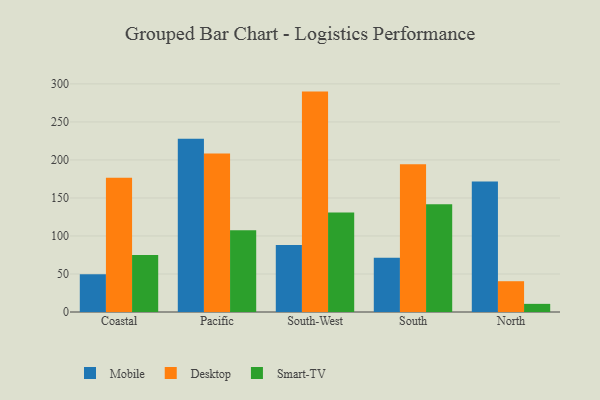
{"axis": {"x": "Region", "y": "Waste Production (Tons)"}, "legend": ["Desktop", "Mobile", "Smart-TV"], "data": [{"x": "Coastal", "y": 49.5, "type": "Mobile"}, {"x": "Coastal", "y": 176.7, "type": "Desktop"}, {"x": "Coastal", "y": 74.9, "type": "Smart-TV"}, {"x": "Pacific", "y": 227.9, "type": "Mobile"}, {"x": "Pacific", "y": 208.6, "type": "Desktop"}, {"x": "Pacific", "y": 107.5, "type": "Smart-TV"}, {"x": "South-West", "y": 88.2, "type": "Mobile"}, {"x": "South-West", "y": 289.9, "type": "Desktop"}, {"x": "South-West", "y": 130.9, "type": "Smart-TV"}, {"x": "South", "y": 71.5, "type": "Mobile"}, {"x": "South", "y": 194.5, "type": "Desktop"}, {"x": "South", "y": 141.7, "type": "Smart-TV"}, {"x": "North", "y": 171.7, "type": "Mobile"}, {"x": "North", "y": 40.5, "type": "Desktop"}, {"x": "North", "y": 10.7, "type": "Smart-TV"}]}